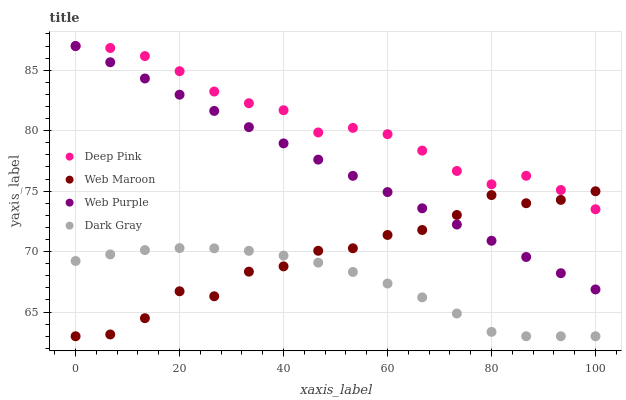
| xaxis_label | Deep Pink | Web Maroon | Web Purple | Dark Gray |
 | --- | --- | --- | --- | --- |
 | 0 | 87 | 63 | 87 | 69.2 |
 | 6.67 | 86.8 | 63.1 | 85.7 | 69.8 |
 | 13.3 | 86.2 | 64.5 | 84.3 | 70.1 |
 | 20 | 84.9 | 66.7 | 83 | 70.3 |
 | 26.7 | 83.2 | 66.3 | 81.6 | 70.3 |
 | 33.3 | 82.3 | 68.3 | 80.3 | 70.1 |
 | 40 | 81.7 | 68.8 | 78.9 | 69.7 |
 | 46.7 | 79.9 | 70.1 | 77.6 | 69.1 |
 | 53.3 | 80.2 | 70.3 | 76.3 | 68.3 |
 | 60 | 79.7 | 71.4 | 74.9 | 67.4 |
 | 66.7 | 78.4 | 71.8 | 73.6 | 66.2 |
 | 73.3 | 76.7 | 73 | 72.2 | 64.9 |
 | 80 | 75.6 | 74.7 | 70.9 | 63.4 |
 | 86.7 | 76.3 | 74 | 69.6 | 63 |
 | 93.3 | 75.1 | 74.3 | 68.2 | 63 |
 | 100 | 73.5 | 75 | 66.9 | 63 |